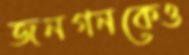
জনগনকেও